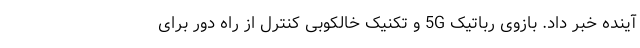
آینده خبر داد. بازوی رباتیک 5G و تکنیک خالکوبی کنترل از راه دور برای